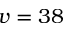
v = 3 8